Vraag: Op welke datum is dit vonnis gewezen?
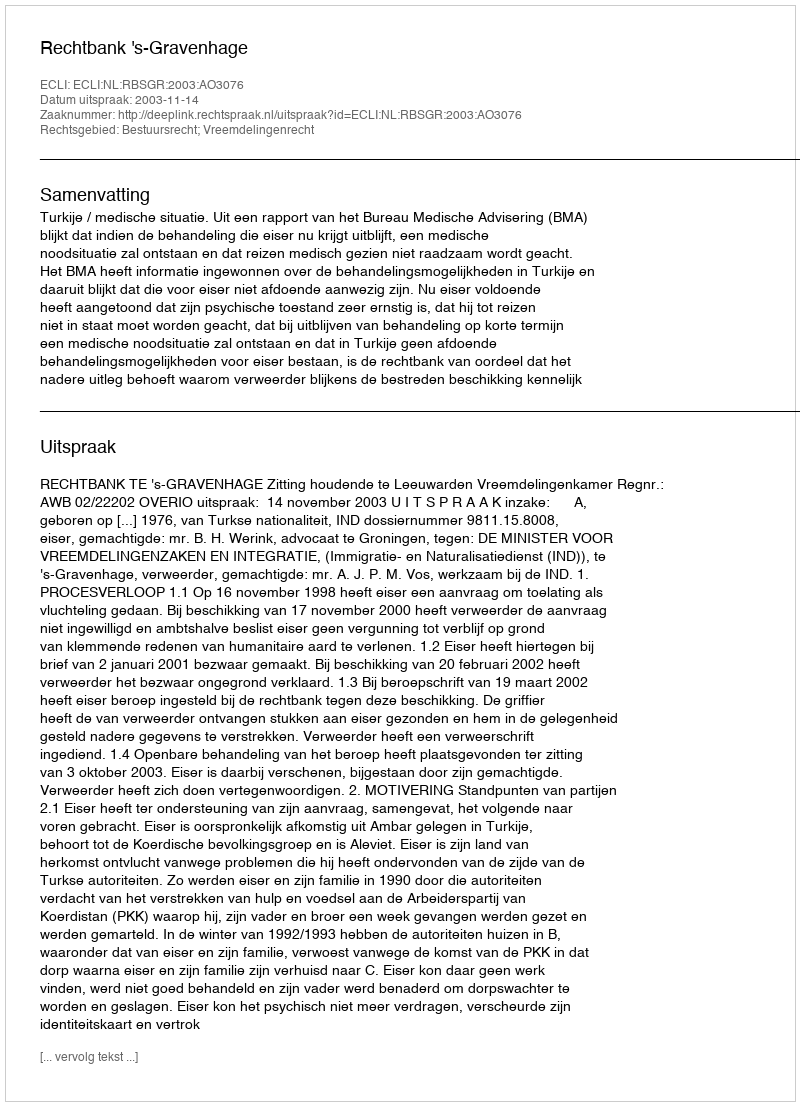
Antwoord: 2003-11-14